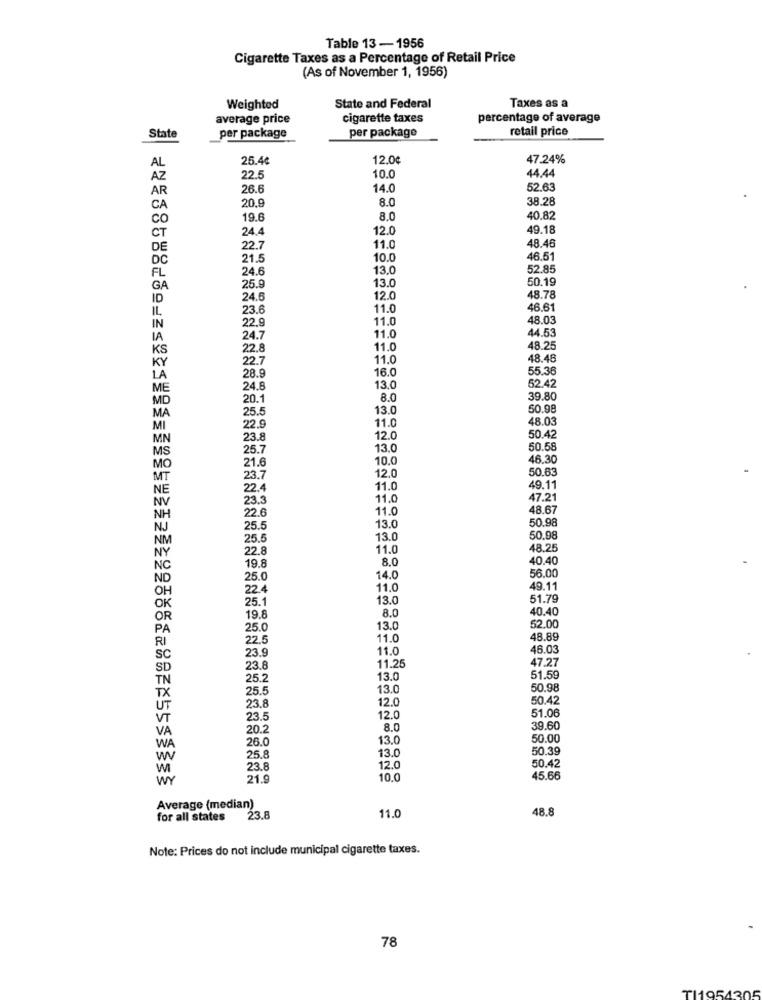
Table 13-1956
Cigarette Taxes as a Percentage of Retail Price
(As of November 1, 1956)
Taxes as a
Weighted
State and Federal
average price
cigarette taxes
percentage of average
per package
retail price
State
per package
25.4€
12.0¢
47.24%
AL
44.44
AZ
22.5
10.0
AR
26.6
14.0
52.63
20.9
8.0
38.28
CA
co
19.6
8.0
40.82
24.4
12.0
49.18
CT
48.46
DE
22.7
11.0
DC
21.5
10.0
46.51
24.6
13.0
52.85
FL
13.0
50.19
GA
25.
ID
24.6
12.0
48.78
IL
23.6
11.0
46.61
IN
22.9
11.0
48.03
11.0
44.53
24.7
KS
22.8
11.0
48.25
KY
22.7
11.0
48.48
28.9
16.0
55.36
LA
24.8
13.0
52.42
MD
20.1
8.0
39.80
MA
25.5
13.0
50.98
11.0
48.03
22.9
23.8
12.0
50.42
MS
25.7
13.0
50.58
21.6
10.0
46.30
MO
12.0
50.63
23.7
NE
22.4
11.0
49.11
NV
23.3
11.0
47.21
22.6
11.0
48.67
NH
13.0
50.98
NJ
25.5
NM
25.5
13.0
50.98
22.8
11.0
48.25
NY
8.0
40.40
NC
19.8
ND
25.0
14.0
56.00
OH
22.4
11.0
49.11
25.1
13.0
51.79
8.0
40.40
19.8
25.0
13.0
52.00
22.5
11.0
48.89
11.0
46.03
SC
23.9
23.8
11.25
47.27
25.2
13.0
51.59
25.5
13.0
50.98
TX
12.0
50.42
23.8
VT
23.5
12.0
51.06
VA
20.2
8.0
39.60
26.0
13.0
50.00
WA
13.0
50.39
w
25,8
23.8
12.0
50.42
wr
21.9
10.0
45.66
Average (median)
11.0
48.8
for all states 23.8
Note: Prices do not include municipal cigarette taxes.
78
TI1954305